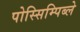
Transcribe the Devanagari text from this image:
पोस्सिम्पिब्ले